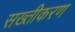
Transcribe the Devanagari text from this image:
सख्तीकरण